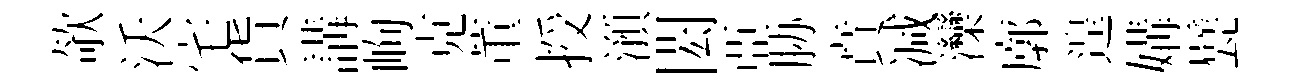
欹沃宅貨講峋克董授澦閎亞胁賁减灤廓遑媾甓